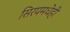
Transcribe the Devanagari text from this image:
सिरपमधेही